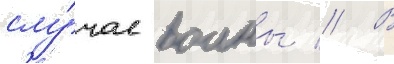
слу́чае воины // В